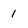
Character: 1